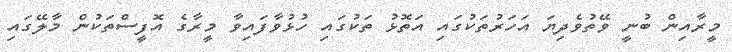
މީރާއިން ބުނީ ވޭތުވެދިޔަ އަހަރުތަކުގައި އަތޮޅު ތަކުގައި ހުޅުވާފައިވާ މީރާގެ އޮފީސްތަކުން މާލޭގައި